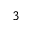
_ 3